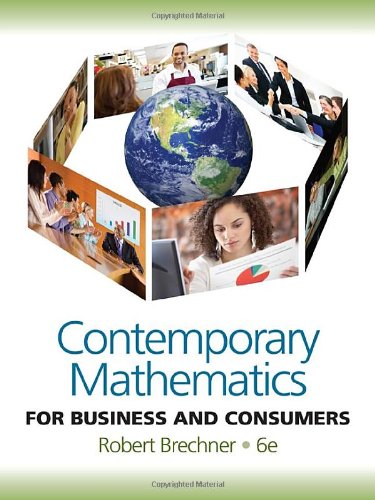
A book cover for Contemporary Mathematics for Business and Consumers; Robert Brechner; Business & Money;